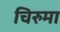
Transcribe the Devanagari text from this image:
चिरुमा